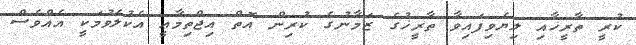
ކުރީ ތާރީޚާއި ލިޔެވިފައިވާ ތާރީޚުގެ ޒަމާނުގެ ކުރިން އޮތް އިޖްތިމާޢީ އެކުލެވުމަކީ އެއްވެސް